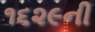
૧૬૨૯ની